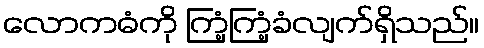
လောကဓံကို ကြံ့ကြံ့ခံလျက်ရှိသည်။